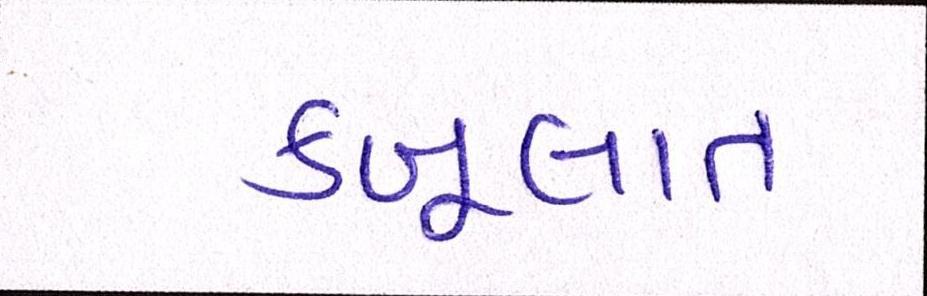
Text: કબૂલાત